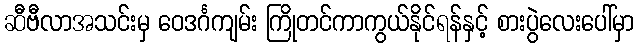
ဆီဗီလာအသင်းမှ ဝေဒင်္ဂကျမ်း ကြိုတင်ကာကွယ်နိုင်ရန်နှင့် စားပွဲလေးပေါ်မှာ